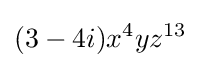
(3-4i)x^{4}yz^{13}